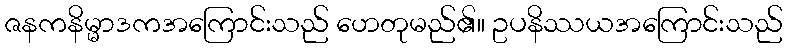
ဇနကနိမ္မာဒကအကြောင်းသည် ဟေတုမည်၏။ ဥပနိဿယအကြောင်းသည်